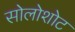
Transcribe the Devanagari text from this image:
सोलोशोट